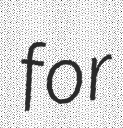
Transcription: for